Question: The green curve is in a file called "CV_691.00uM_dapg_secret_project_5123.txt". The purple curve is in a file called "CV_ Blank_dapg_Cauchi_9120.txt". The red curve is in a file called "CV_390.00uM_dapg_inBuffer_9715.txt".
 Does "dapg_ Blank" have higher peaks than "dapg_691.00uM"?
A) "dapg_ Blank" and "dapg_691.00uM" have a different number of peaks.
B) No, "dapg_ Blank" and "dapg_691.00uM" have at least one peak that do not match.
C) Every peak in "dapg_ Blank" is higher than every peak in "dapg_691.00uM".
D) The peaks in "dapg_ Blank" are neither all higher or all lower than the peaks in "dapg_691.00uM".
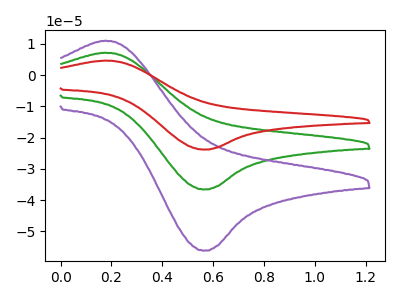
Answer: <think>The green curve "dapg_691.00uM" has an anodic peak at (0.20V, 7.20uA) and a cathodic peak at (0.55V, -36.60uA). The purple curve "dapg_ Blank" has an anodic peak at (0.20V, 11.05uA) and a cathodic peak at (0.55V, -56.20uA). The red curve "dapg_390.00uM" has an anodic peak at (0.20V, 14.35uA) and a cathodic peak at (0.55V, -73.20uA).</think>
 <answer>C) Every peak in "dapg_ Blank" is higher than every peak in "dapg_691.00uM".</answer>
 <eval>C</eval>